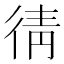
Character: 𭛯